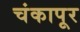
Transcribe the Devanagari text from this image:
चंकापूर